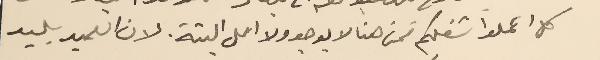
كل اعملوا شغلكم فمن هنا لا يوجد ولا امل البتة. لان العميد بليد